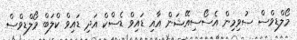
މޯލްޑިވްސް ސުވިމިން އެސޯސިއޭޝަން އާއި ޑައިވް ޑެސްކް އަދި ޑައިވް ކްލަބް މޯލްޑިވްސް